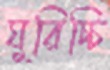
ঘুরিচ্চি